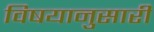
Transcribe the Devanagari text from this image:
विषयानुसारी